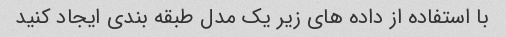
با استفاده از داده های زیر یک مدل طبقه بندی ایجاد کنید